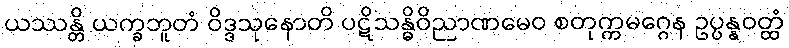
ယဿန္တိ ယက္ခဘူတံ ဝိဒ္ဒသုနောတိ ပဋိသန္ဓိဝိညာဏမေဝ စတုက္ကမဂ္ဂေန ဥပ္ပန္နဝတ္ထံ